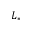
L _ { * }